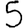
Digit: 5